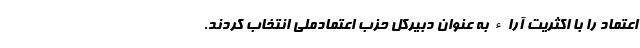
اعتماد را با اکثریت آراء به عنوان دبیرکل حزب اعتمادملی انتخاب کردند.